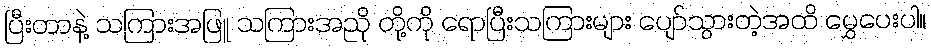
ပြီးတာနဲ့ သကြားအဖြူ သကြားအညို တို့ကို ရောပြီးသကြားများ ပျော်သွားတဲ့အထိ မွှေပေးပါ။